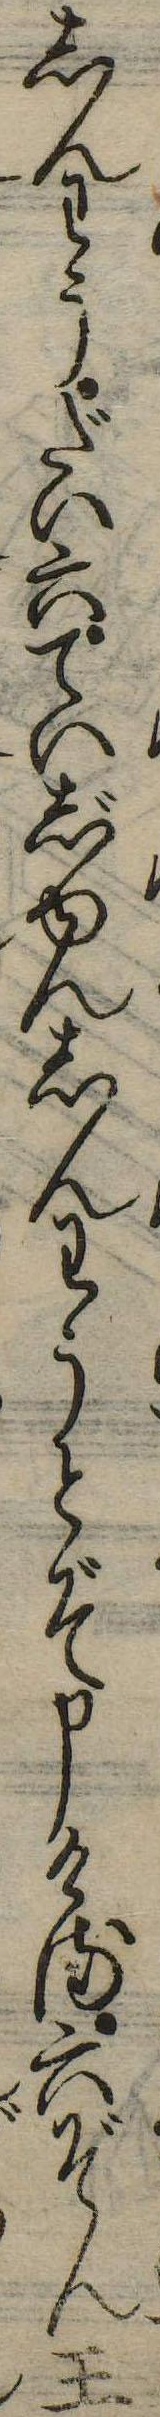
しんわうだい六ていじゆんしんわうとぞ申ける六ぞん王